Vaccination in Burma 1920-1933 - 1920-1933
Year: 1920
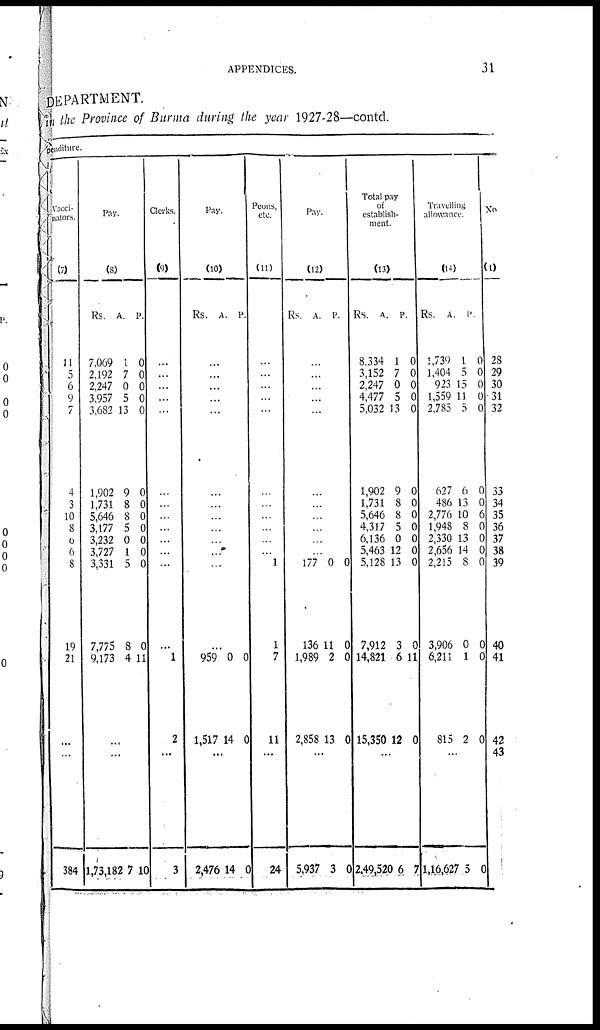
APPENDICES.
31
DEPARTMENT.
in the Province of Burma during the year 1927-28—contd.
penditure.
Vacci-
nators.
(7)
11
5
6
9
7
4
3
10
8
6
6
8
19
21
...
...
384
Pay.
(8)
Rs.
7,069
2,192
2,247
3,957
3,682
1,902
1,731
5,646
3,177
3,232
3,727
3,331
7,775
9,173
A.
1
7
0
5
13
9
8
8
5
0
1
5
8
4
P.
0
0
0
0
0
0
0
0
0
0
0
0
0
11
...
...
1,73,182 7 10
Clerks.
(9)
...
...
...
...
...
...
...
...
...
...
...
...
...
1
2
...
3
Pay.
(10)
Rs. A. P.
...
...
...
...
...
...
...
...
...
...
...
...
...
959
1,517
0
14
0
0
...
2,476 14 0
Peons,
etc.
(11)
...
...
...
...
...
...
...
...
...
...
...
1
1
7
11
...
24
Pay.
(12)
Rs.
A. P.
...
...
...
...
...
...
...
...
...
...
...
177
136
1,989
2,858
0
11
2
13
0
0
0
0
...
5,937 3 0
Total pay
of
establish-
ment.
(13)
Rs.
8,334
3,152
2,247
4,477
5,032
1,902
1,731
5,646
4,317
6,136
5,463
5,128
7,912
14,821
15,350
A.
1
7
0
5
13
9
8
8
5
0
12
13
3
6
12
P.
0
0
0
0
0
0
0
0
0
0
0
0
0
11
0
...
2,49,520 6 7
Travelling
allowance.
(14)
Rs.
1,739
1,404
923
1,559
2,785
627
486
2,776
1,948
2,330
2,656
2,215
3,906
6,211
815
A.
1
5
15
11
5
6
13
10
8
13
14
8
0
1
2
P.
0
0
0
0
0
0
0
6
0
0
0
0
0
0
0
...
1,16,627 5 0
No.
(1)
28
29
30
31
32
33
34
35
36
37
38
39
40
41
42
43